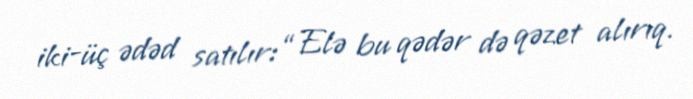
iki-üç ədəd satılır: “Elə bu qədər də qəzet alırıq.